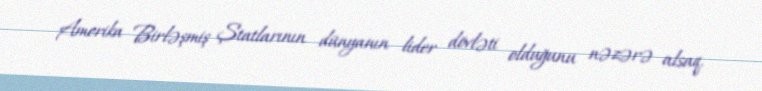
Amerika Birləşmiş Ştatlarının dünyanın lider dövləti olduğunu nəzərə alsaq,